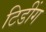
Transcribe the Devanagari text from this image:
टिडींग